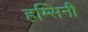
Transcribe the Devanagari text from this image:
हम्सिनी